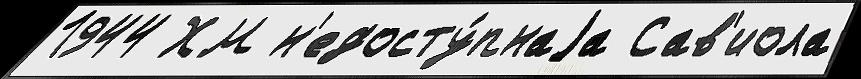
1944 ХМ н'едосту́пнаjа Сав'иола